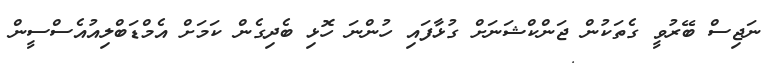
ނަޖިސް ބޭރުވީ ގެތަކުން ޖަންކްޝަނަށް ގުޅާފައި ހުންނަ ހޮޅި ބެދިގެން ކަމަށް އެމްޑަބްލިއުއެސްސީން